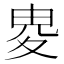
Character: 𡕦